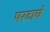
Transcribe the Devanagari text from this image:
परटाचे